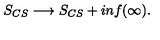
S _ { C S } \longrightarrow S _ { C S } + i n f ( \infty ) .